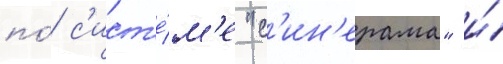
по́ с'ист'е́м'е "с'ин'ерама" и́